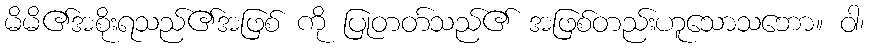
မိမိ၏အစိုးရသည်၏အဖြစ် ကို ပြုတတ်သည်၏ အဖြစ်တည်းဟူသောသဘော။ ဝါ၊